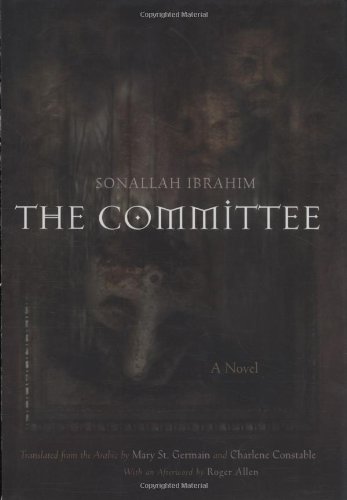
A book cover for The Committee: A Novel (Middle East Literature In Translation); Sonallah Ibrahim; Literature & Fiction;